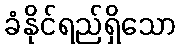
ခံနိုင်ရည်ရှိသော